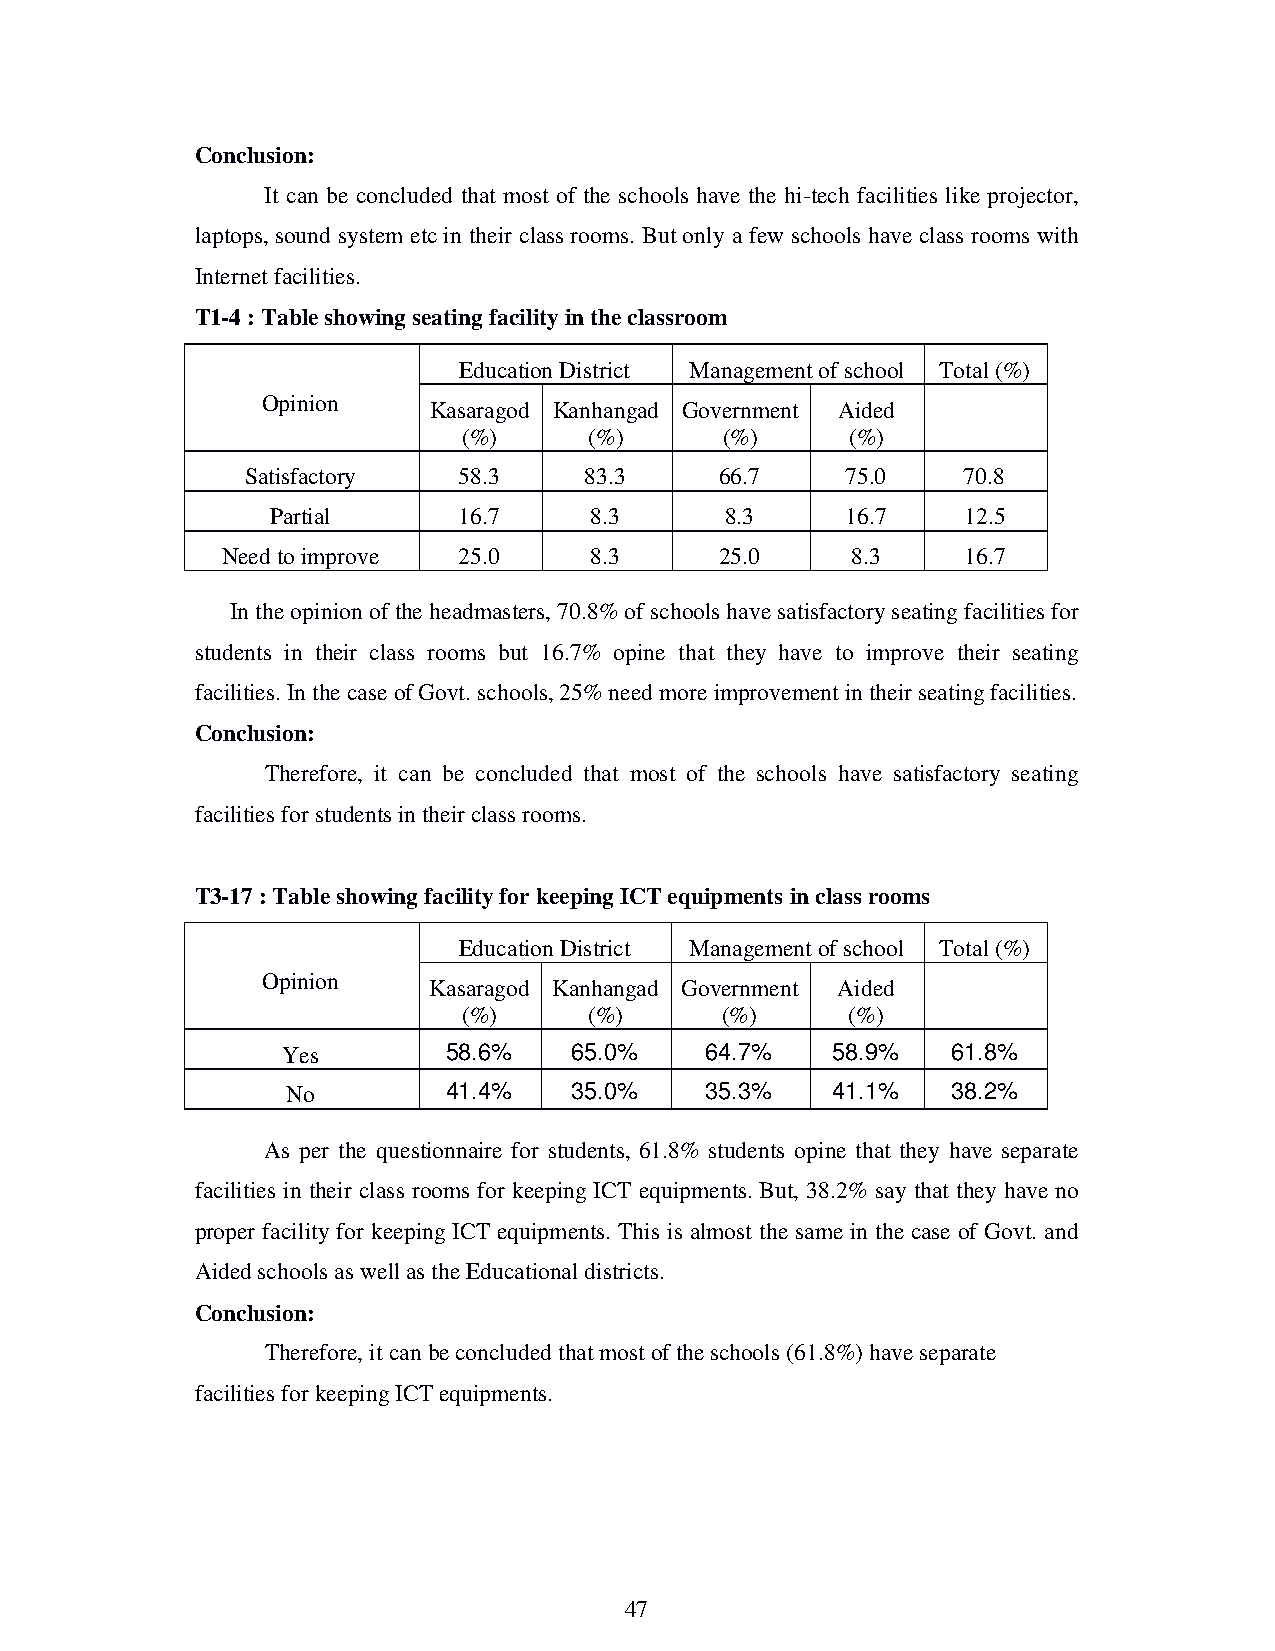
Conclusion:
 It can be concluded that most of the schools have the hi-tech facilities like projector,
 laptops, sound system etc in their class rooms. But only a few schools have class rooms with
 Internet facilities.
 T1-4 : Table showing seating facility in the classroom
 Education District Management of school Total (%)
 Opinion
 Kasaragod Kanhangad Government Aided
 (%)     (%)      (%)     (%)
 Satisfactory  58.3     83.3     66.7    75.0    70.8
 Partial     16.7     8.3      8.3     16.7    12.5
 Need to improve 25.0    8.3      25.0    8.3     16.7
 In the opinion of the headmasters, 70.8% of schools have satisfactory seating facilities for
 students in their class rooms but 16.7% opine that they have to improve their seating
 facilities. In the case of Govt. schools, 25% need more improvement in their seating facilities.
 Conclusion:
 Therefore, it can be concluded that most of the schools have satisfactory seating
 facilities for students in their class rooms.
 T3-17 : Table showing facility for keeping ICT equipments in class rooms
 Education District Management of school Total (%)
 Opinion
 Kasaragod Kanhangad Government Aided
 (%)     (%)      (%)     (%)
 58.6%   65.0%    64.7%   58.9%   61.8%
 Yes
 41.4%   35.0%    35.3%   41.1%   38.2%
 No
 As per the questionnaire for students, 61.8% students opine that they have separate
 facilities in their class rooms for keeping ICT equipments. But, 38.2% say that they have no
 proper facility for keeping ICT equipments. This is almost the same in the case of Govt. and
 Aided schools as well as the Educational districts.
 Conclusion:
 Therefore, it can be concluded that most of the schools (61.8%) have separate
 facilities for keeping ICT equipments.
 47